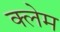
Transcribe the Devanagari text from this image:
क्‍लेम